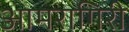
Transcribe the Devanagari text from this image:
आमरागिरी